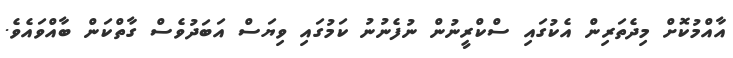
އާއްމުކޮށް މިދެތަރިން އެކުގައި ސްކްރީނުން ނުފެނުނު ކަމުގައި ވިޔަސް އަބަދުވެސް ގާތްކަން ބާއްވައެވެ.